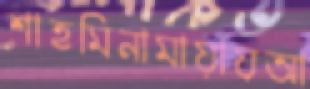
শাহমিনামায়ায়আ